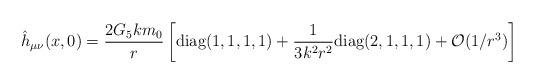
LaTeX: \begin{align*}\hat h_{\mu\nu}(x, 0)=\frac{2 G_5km_0}{r}\left[\textrm{diag}(1,1,1,1)+\frac{1}{3k^2r^2 }\textrm{diag}(2,1,1,1)+\mathcal{O}(1/r^3) \right]\end{align*}